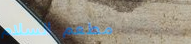
مطعم السلام